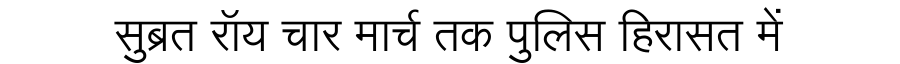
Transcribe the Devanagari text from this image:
सुब्रत रॉय चार मार्च तक पुलिस हिरासत में